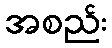
အစည်း